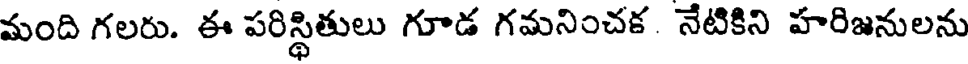
మంది గలరు. ఈ పరిస్థితులు గూడ గమనించక నేటికిని హరిజనులను